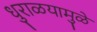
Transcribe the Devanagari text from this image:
धुराळयामुळे